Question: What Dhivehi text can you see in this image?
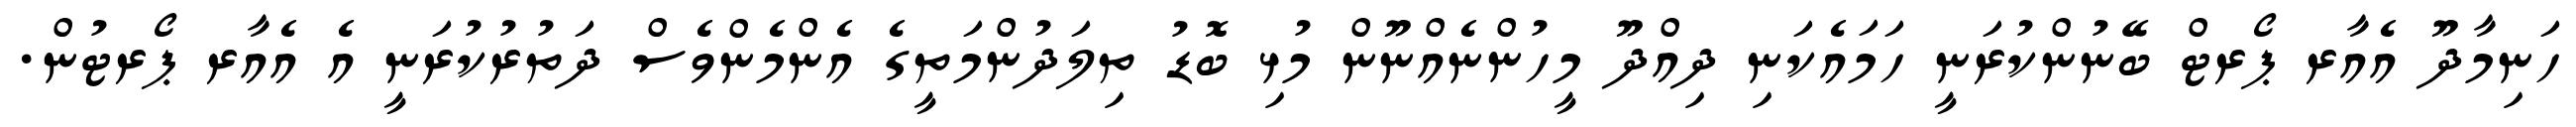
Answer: ހަނިމާދޫ އެއާރ ޕޯރޓް ބޭނުންކުރަނީ ހަމައެކަނި ދިއްދޫ މީހުންނެއްނޫން މުޅި ބޮޑު ތިލަދުންމަތީގެ އެންމެންވެސް ދަތުރުކުރަނީ އެ އެއާރ ޕޯރޓުން.